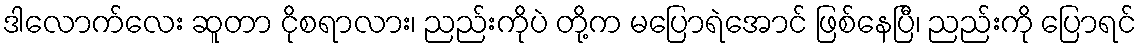
ဒါလောက်လေး ဆူတာ ငိုစရာလား၊ ညည်းကိုပဲ တို့က မပြောရဲအောင် ဖြစ်နေပြီ၊ ညည်းကို ပြောရင်